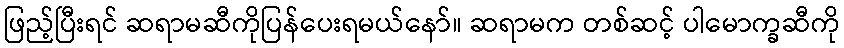
ဖြည့်ပြီးရင် ဆရာမဆီကိုပြန်ပေးရမယ်နော်။ ဆရာမက တစ်ဆင့် ပါမောက္ခဆီကို